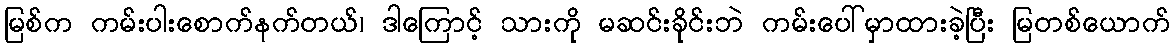
မြစ်က ကမ်းပါးစောက်နက်တယ်၊ ဒါကြောင့် သားကို မဆင်းခိုင်းဘဲ ကမ်းပေါ်မှာထားခဲ့ပြီး မြတစ်ယောက်